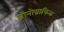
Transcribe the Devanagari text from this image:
जीनोग्राफिक